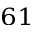
_ { 6 1 }